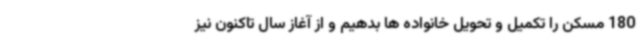
180 مسکن را تکمیل و تحویل خانواده ها بدهیم و از آغاز سال تاکنون نیز